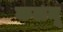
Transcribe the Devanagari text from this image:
कलमू